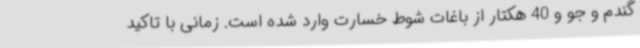
گندم و جو و 40 هکتار از باغات شوط خسارت وارد شده است. زمانی با تاکید